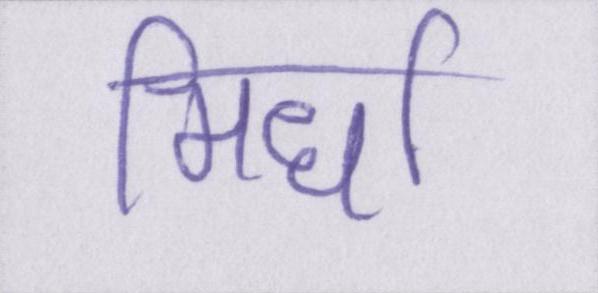
मिर्धा